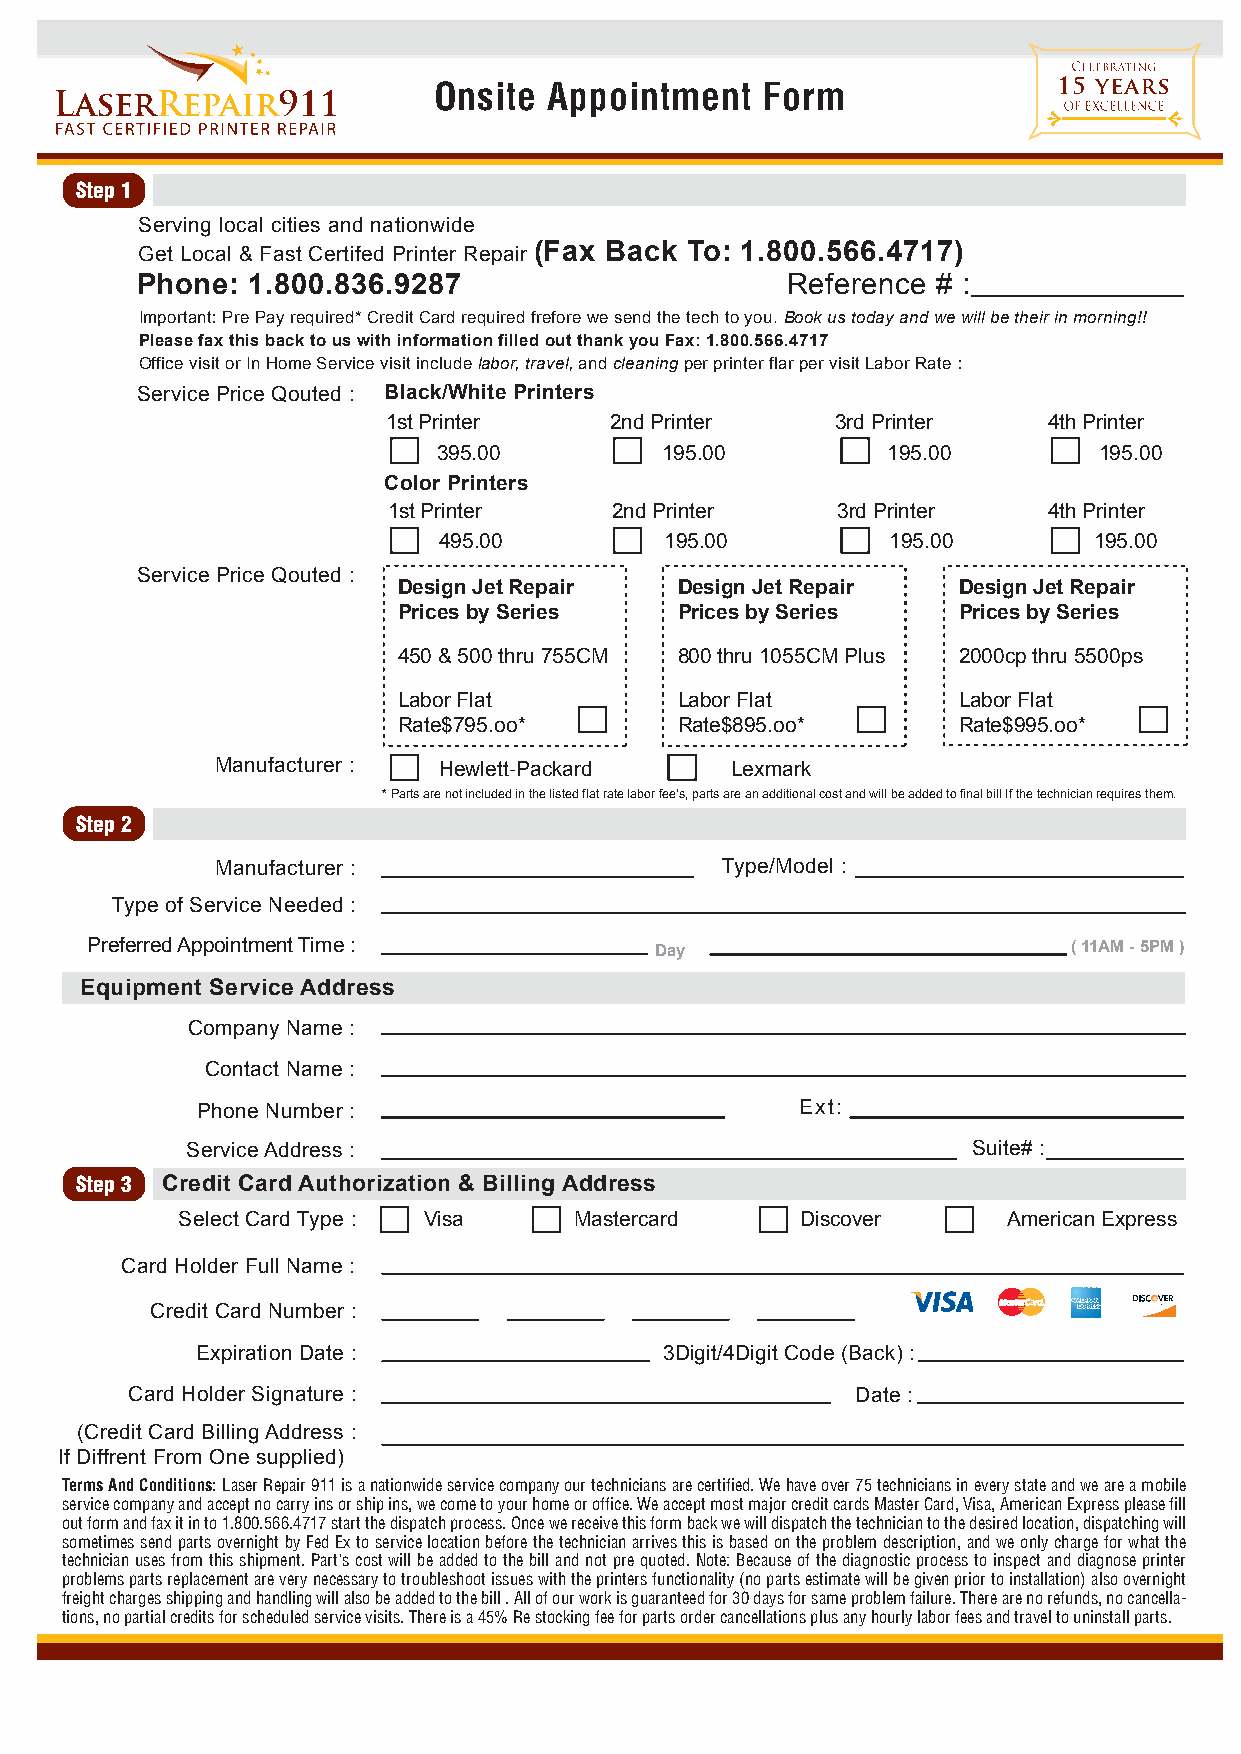
Onsite Appointment   Form
 Step 1
 Serving local cities and nationwide
 Get Local & Fast Certifed Printer Repair (Fax Back To: 1.800.566.4717)
 Phone: 1.800.836.9287                      Reference # :
 Important: Pre Pay required* Credit Card required frefore we send the tech to you. Book us today and we will be their in morning!!
 Please fax this back to us with information filled out thank you Fax: 1.800.566.4717
 Office visit or In Home Service visit include labor, travel, and cleaning per printer flar per visit Labor Rate :
 Service Price Qouted : Black/White Printers
 1st Printer   2nd Printer    3rd Printer   4th Printer
 395.00         195.00         195.00        195.00
 Color Printers
 1st Printer    2nd Printer   3rd Printer   4th Printer
 495.00         195.00         195.00       195.00
 Service Price Qouted :
 Design Jet Repair  Design Jet Repair Design Jet Repair
 Prices by Series   Prices by Series  Prices by Series
 450 & 500 thru 755CM 800 thru 1055CM Plus 2000cp thru 5500ps
 Labor Flat         Labor Flat        Labor Flat
 Rate$795.oo*       Rate$895.oo*      Rate$995.oo*
 Manufacturer : Hewlett-Packard    Lexmark
 * Parts are not included in the listed flat rate labor fee's, parts are an additional cost and will be added to final bill If the technician requires them.
 Step 2
 Manufacturer :                    Type/Model :
 Type of Service Needed :
 Preferred Appointment Time :         Day                         ( 11AM - 5PM )
 Equipment Service Address
 Company Name :
 Contact Name :
 Phone Number :                          Ext:
 Service Address :                                   Suite# :
 Step 3 Credit Card Authorization & Billing Address
 Select Card Type : Visa   Mastercard     Discover      American Express
 Card Holder Full Name :
 Credit Card Number :
 Expiration Date :              3Digit/4Digit Code (Back) :
 Card Holder Signature :                          Date :
 (Credit Card Billing Address :
 If Diffrent From One supplied)
 Terms And Conditions: Laser Repair 911 is a nationwide service company our technicians are certified. We have over 75 technicians in every state and we are a mobile
 service company and accept no carry ins or ship ins, we come to your home or office. We accept most major credit cards Master Card, Visa, American Express please fill
 out form and fax it in to 1.800.566.4717 start the dispatch process. Once we receive this form back we will dispatch the technician to the desired location, dispatching will
 sometimes send parts overnight by Fed Ex to service location before the technician arrives this is based on the problem description, and we only charge for what the
 technician uses from this shipment. Part's cost will be added to the bill and not pre quoted. Note: Because of the diagnostic process to inspect and diagnose printer
 problems parts replacement are very necessary to troubleshoot issues with the printers functionality (no parts estimate will be given prior to installation) also overnight
 freight charges shipping and handling will also be added to the bill . All of our work is guaranteed for 30 days for same problem failure. There are no refunds, no cancella-
 tions, no partial credits for scheduled service visits. There is a 45% Re stocking fee for parts order cancellations plus any hourly labor fees and travel to uninstall parts.